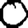
Digit: 0